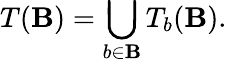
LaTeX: T(\mathbf{B})=\bigcup_{b\in\mathbf{B}}T_{b}(\mathbf{B}).